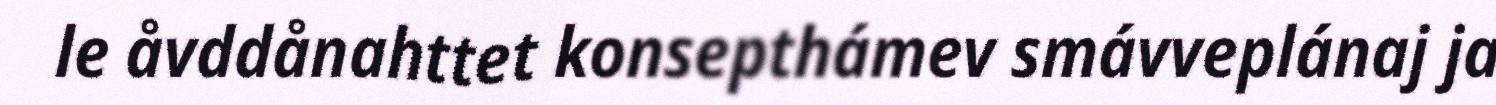
le åvddånahttet konsepthámev smávveplánaj ja